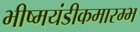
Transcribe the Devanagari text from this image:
भीष्मयंडीकमारम्भ